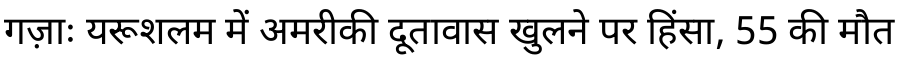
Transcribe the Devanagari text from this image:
गज़ाः यरूशलम में अमरीकी दूतावास खुलने पर हिंसा, 55 की मौत